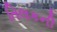
તિલકની